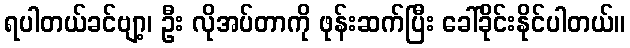
ရပါတယ်ခင်ဗျာ့၊ ဦး လိုအပ်တာကို ဖုန်းဆက်ပြီး ခေါ်ခိုင်းနိုင်ပါတယ်။